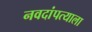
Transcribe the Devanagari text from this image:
नवदांपत्याला